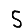
Digit: 5